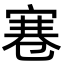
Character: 寋